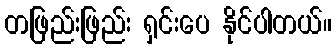
တဖြည်းဖြည်း ရှင်းပေ နိုင်ပါတယ်။